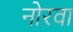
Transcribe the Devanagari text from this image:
नोरवा